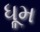
ધૂમ